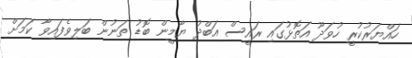
ހައްޔަރުކުރީ ހުވަދޫ އަތޮޅުގައި ރައީސް އަބްދު ޔާމީން ބޮޑު ތަނުން ބަލިވެފައިވާ ކަމަށް